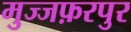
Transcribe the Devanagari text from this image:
मुज्जफ़रपुर